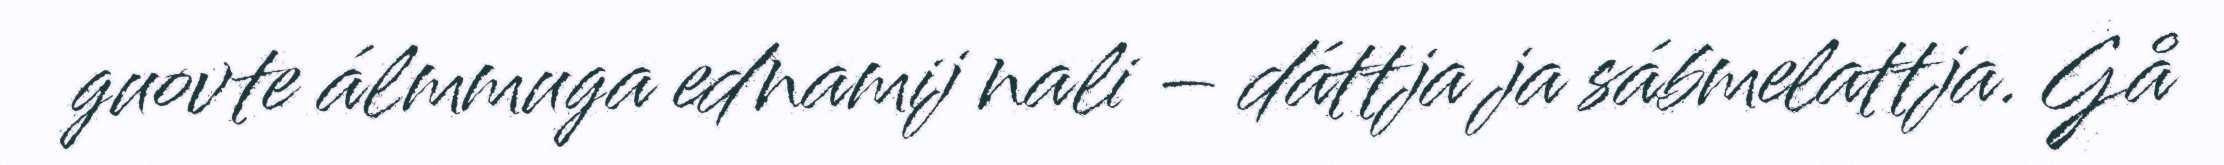
guovte álmmuga ednamij nali – dáttja ja sábmelattja. Gå